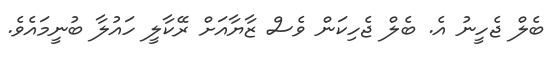
ބެލް ޖެހީނު އެ. ބެލް ޖެހިކަން ވެސް ޒާޔާއަށް ރޭކާލީ ހައުލާ ބުނީމައެވެ.